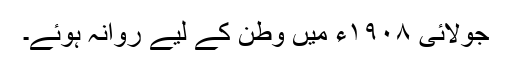
جولائی ١٩٠٨ء میں وطن کے لیے روانہ ہوئے۔